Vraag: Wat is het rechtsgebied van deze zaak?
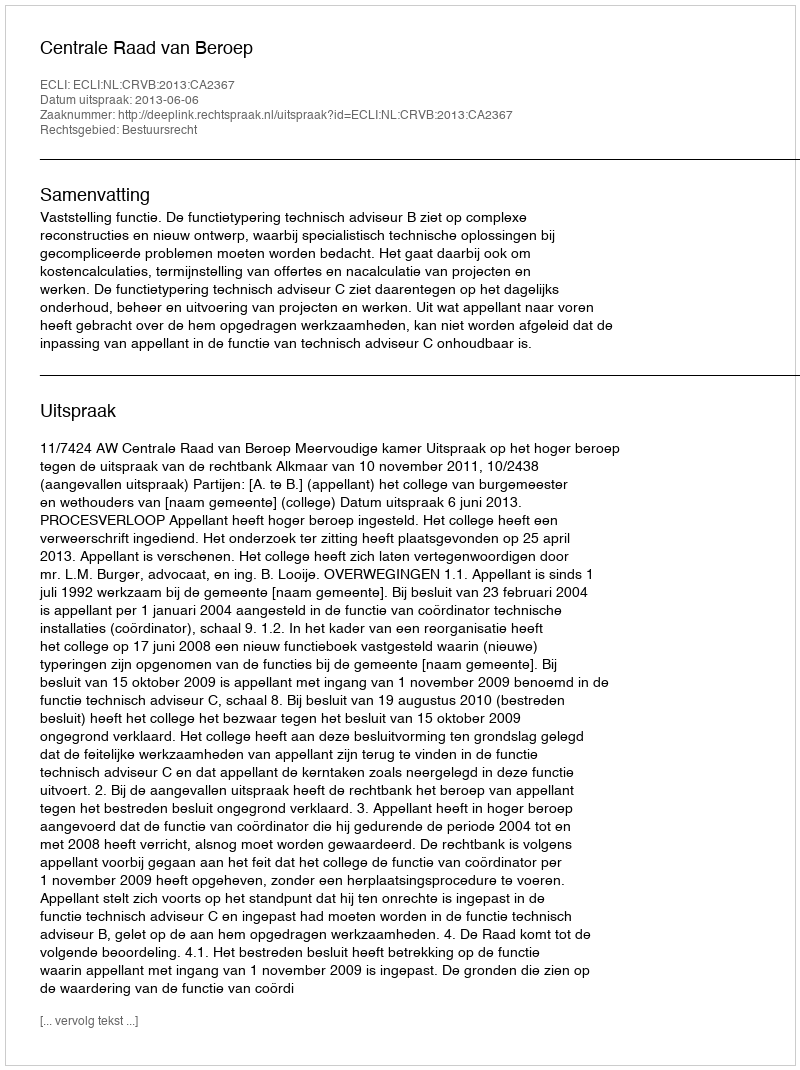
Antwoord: Bestuursrecht